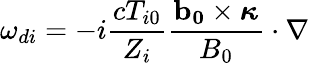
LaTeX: \omega_{di}=-i\frac{cT_{i0}}{Z_{i}}\frac{\mathbf{b_{0}}\times\boldsymbol{\kappa}}{B_{0}}\cdot\nabla